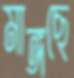
মাঙ্গছে